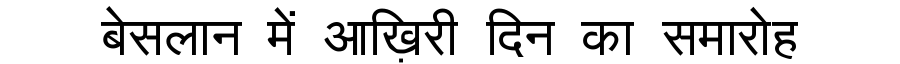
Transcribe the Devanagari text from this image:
बेसलान में आख़िरी दिन का समारोह